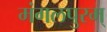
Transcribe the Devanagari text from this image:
मंगलपुरम्